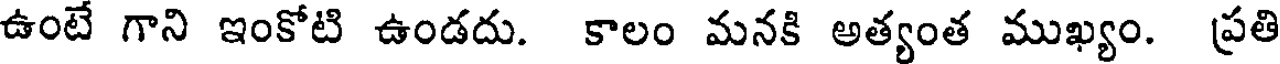
ఉంటే గాని ఇంకోటి ఉండదు. కాలం మనకి అత్యంత ముఖ్యం. ప్రతి